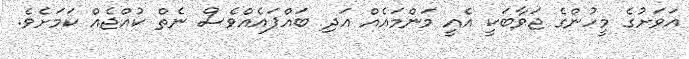
އަވަށުގެ މީހުންގެ ޖަވާބަކީ އެއީ މަންމައެއް އަދި ބައްޕައެއްވެސް ނެތް ކުއްޖެއް ކަމަށެވެ.